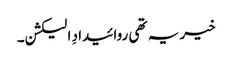
خیر یہ تھی روائیدادِ الیکشن۔